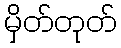
မှိတ်တုတ်